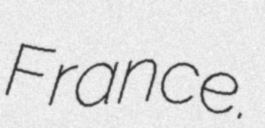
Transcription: France.